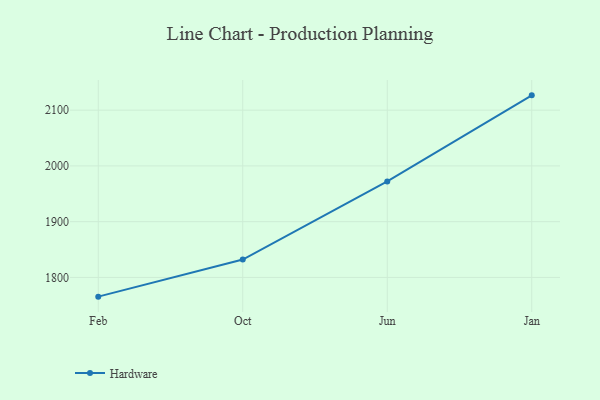
{"axis": {"x": "Month", "y": "Operating Costs (USD K)"}, "legend": ["Hardware"], "data": [{"x": "Feb", "y": 1765.5, "type": "Hardware"}, {"x": "Oct", "y": 1832.0, "type": "Hardware"}, {"x": "Jun", "y": 1972.1, "type": "Hardware"}, {"x": "Jan", "y": 2126.6, "type": "Hardware"}]}